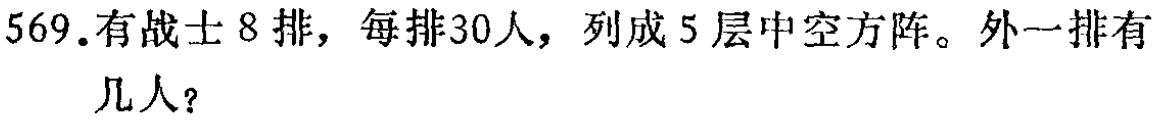
569.有战士8排，每排30人，列成5层中空方阵。外一排有

几人？